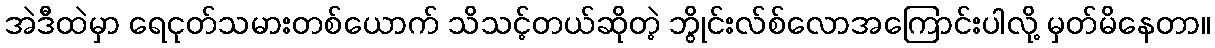
အဲဒီထဲမှာ ရေငုတ်သမားတစ်ယောက် သိသင့်တယ်ဆိုတဲ့ ဘွိုင်းလ်စ်လောအကြောင်းပါလို့ မှတ်မိနေတာ။